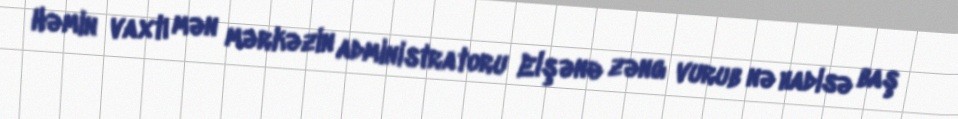
Həmin vaxtı mən mərkəzin administratoru Elşənə zəng vurub nə hadisə baş